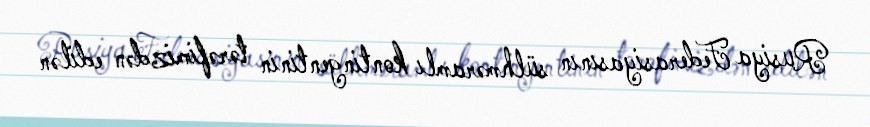
Rusiya Federasiyasının sülhməramlı kontingentinin tərəfimizdən edilən